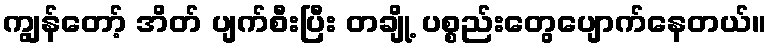
ကျွန်တော့် အိတ် ပျက်စီးပြီး တချို့ ပစ္စည်းတွေပျောက်နေတယ်။